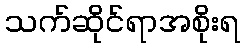
သက်ဆိုင်ရာအစိုးရ